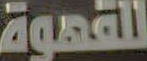
للقهوة